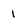
Character: 1